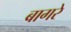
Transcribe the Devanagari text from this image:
बागरे